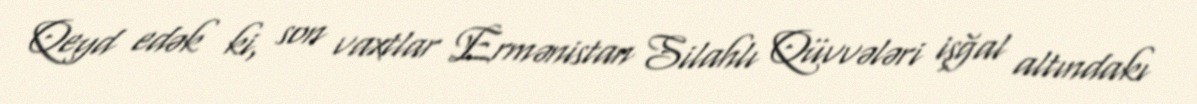
Qeyd edək ki, son vaxtlar Ermənistan Silahlı Qüvvələri işğal altındakı